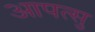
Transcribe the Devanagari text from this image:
आपत्सु